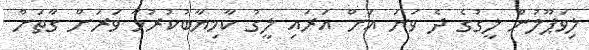
ލިވަޕޫލުން ލީގުގެ ދެ ވަނަ އަށް އަރައި ލީގު ކާމިޔާބުކުރުމާ ވަރަށް ގާތަށް